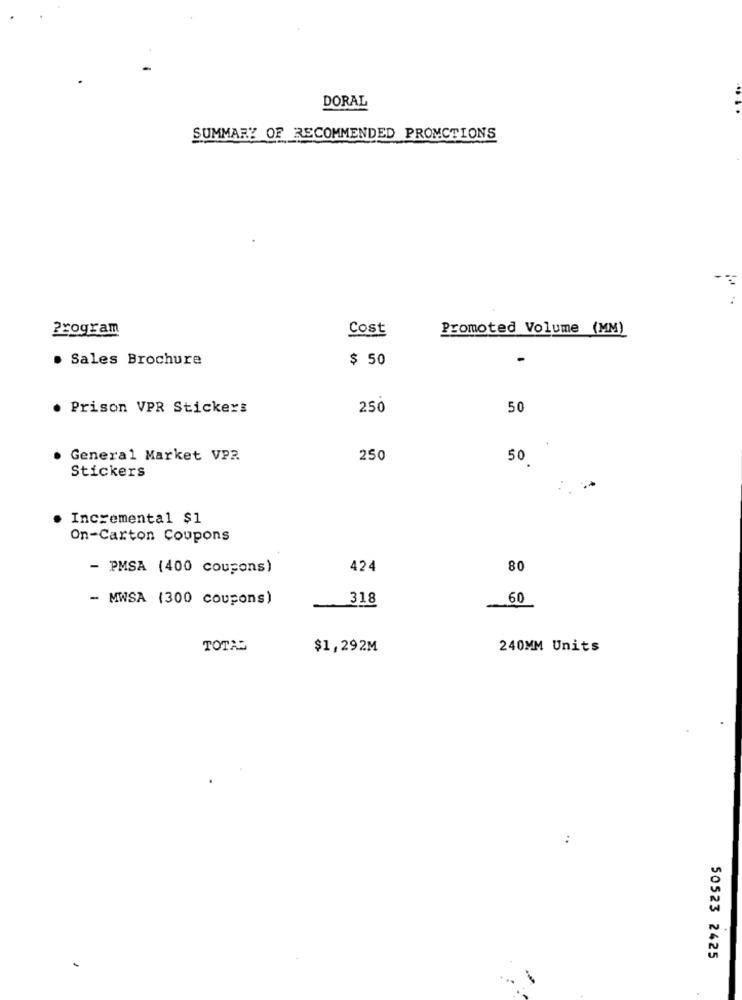
DORAL
SUMMARY OF RECOMMENDED PROMCTIONS
Program
Cost
Promoted Volume (MM)
. Sales Brochure
$ 50
-
Prison VPR Stickers
250
50
General Market VPR
250
50
Stickers
Incremental $1
On-Carton Coupons
- PMSA (400 coupons)
424
80
- MWSA (300 coupons)
318
60
TOTAL
$1,292M
240MM Units
50523 2425